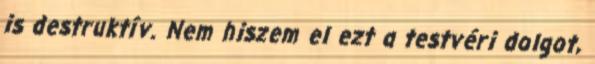
is destruktív. Nem hiszem el ezt a testvéri dolgot,